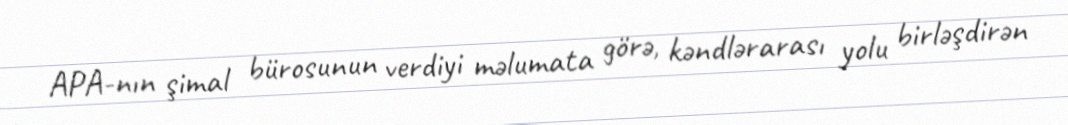
APA-nın şimal bürosunun verdiyi məlumata görə, kəndlərarası yolu birləşdirən